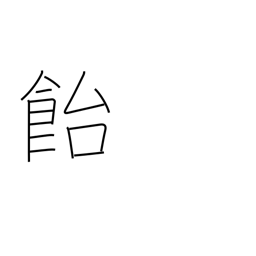
Meaning: candy